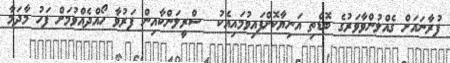
ފުރާނައަށް ގެއްލުންވާވަރުގެ ބޮޑެތި އަނިޔާކޮށްފައިވުމައިއެކު  ސްރީލަންކާއިން ފަރުވާ ހޯއްދެއްވުމަށް ފަހު މާދަމާ